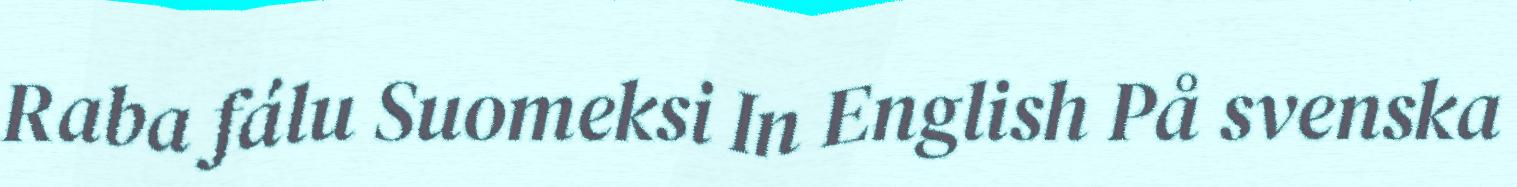
Raba fálu Suomeksi In English På svenska